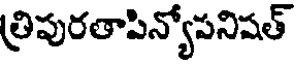
త్రిపురతాపిన్యోపనిషత్